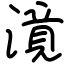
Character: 𣽾